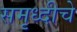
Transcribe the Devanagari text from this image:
समृध्‍दीचे